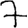
Digit: 7